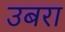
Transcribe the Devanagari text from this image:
उबरा